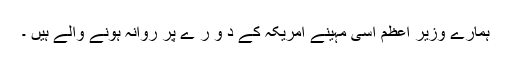
ہمارے وزیر اعظم اسی مہینے امریکہ کے د و ر ے پر روانہ ہونے والے ہیں ۔